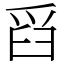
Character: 舀